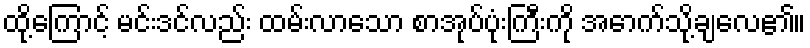
ထို့ကြောင့် မင်းဒင်လည်း ထမ်းလာသော စာအုပ်ပုံးကြီးကို အောက်သို့ချလေ၏။